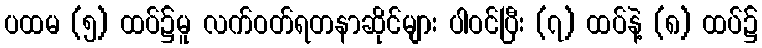
ပထမ (၅) ထပ်၌မူ လက်ဝတ်ရတနာဆိုင်များ ပါဝင်ပြီး (၇) ထပ်နဲ့ (၈) ထပ်၌